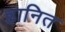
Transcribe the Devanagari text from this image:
हानित